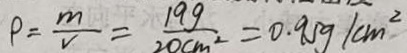
\rho = \frac { m } { V } = \frac { 1 9 g } { 2 0 c m ^ { 2 } } = 0 . 9 5 g / c m ^ { 2 }